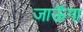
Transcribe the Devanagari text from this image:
जाऊॅगा